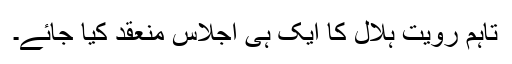
تاہم رويت ہلال کا ايک ہی اجلاس منعقد کيا جائے۔